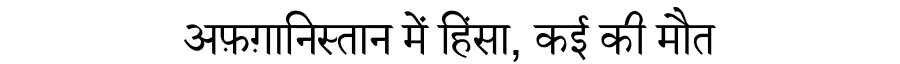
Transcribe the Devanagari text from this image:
अफ़ग़ानिस्तान में हिंसा, कई की मौत